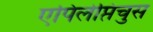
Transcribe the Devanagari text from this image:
एपिलेप्तिचुस